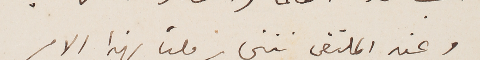
وعند الملتقى نتخابر ملياً بهذا الامر